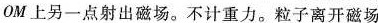
OM上另一点射出磁场。不计重力。粒子离开磁场